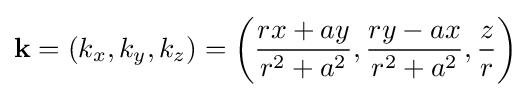
\mathbf {k} =(k_{x},k_{y},k_{z})=\left({\frac {rx+ay}{r^{2}+a^{2}}},{\frac {ry-ax}{r^{2}+a^{2}}},{\frac {z}{r}}\right)